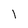
Character: l